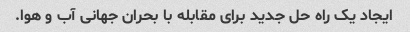
ایجاد یک راه حل جدید برای مقابله با بحران جهانی آب و هوا.